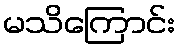
မသိကြောင်း